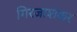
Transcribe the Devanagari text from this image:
गिरजाशंकर